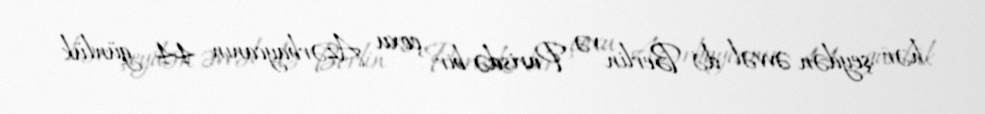
hər şeydən əvvəl də Berlin və Parisdə bir çoxu Azərbaycanın 44 günlük